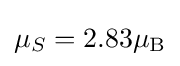
\mu _{S}=2.83\mu _{\rm {B}}